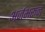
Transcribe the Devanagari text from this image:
अर्जभरून